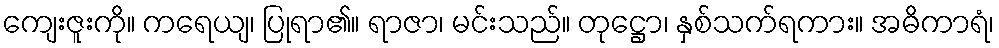
ကျေးဇူးကို။ ကရေယျ၊ ပြုရာ၏။ ရာဇာ၊ မင်းသည်။ တုဋ္ဌော၊ နှစ်သက်ရကား။ အဓိကာရံ၊